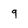
Character: 9